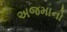
અજમાનો